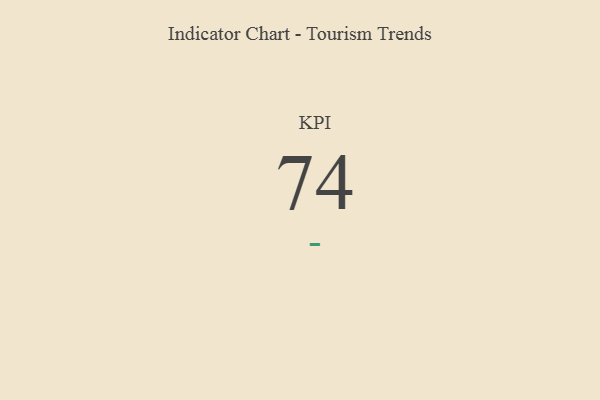
{"axis": {"x": "KPI", "y": "Value"}, "legend": [""], "data": [{"x": "KPI", "y": 74, "type": ""}]}